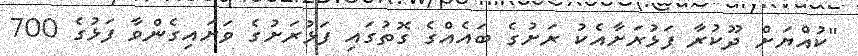
"ކުއްޔަށް ދޫކުރާ ފަޅުރަށާއެކު ރަށުގެ ބައެއްގެ ގޮތުގައި ފަޅުރަށުގެ ވަށައިގެންވާ ފަޅުގެ 700